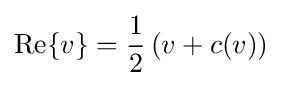
\operatorname {Re} \{v\}={\frac {1}{2}}\left(v+c(v)\right)